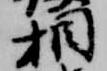
相